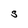
Character: S